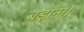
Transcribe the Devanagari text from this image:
बड़ाना।